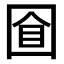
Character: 𡇡